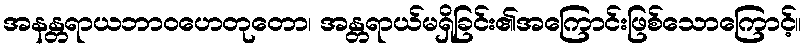
အနန္တရာယဘာဝဟေတုတော၊ အန္တရာယ်မရှိခြင်း၏အကြောင်းဖြစ်သောကြောင့်။